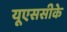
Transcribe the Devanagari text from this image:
यूएससीके